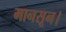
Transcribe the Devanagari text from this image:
मानसून।